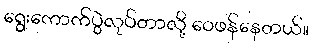
ရွေးကောက်ပွဲလုပ်တာလို့ ဝေဖန်နေတယ်။